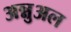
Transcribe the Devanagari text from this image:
अन्नुअल